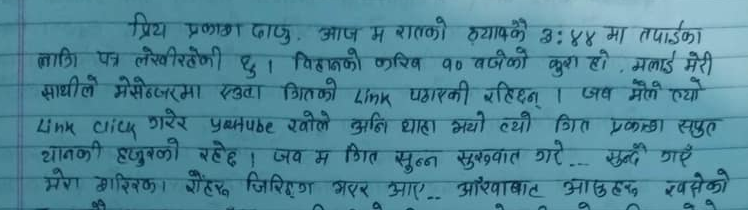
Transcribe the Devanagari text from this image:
प्रिय प्रकाश दाजु, आज म रातको ठ्याक्कै ३:४४ मा तपाईंको
लागि पत्र लेखिरहेको छु । बिहानको करिब १० बजेको कुरा हो, मलाई मेरी
साथीले मेसेन्जरमा एउटा गीतको Link पठाईकी रहिछन् । जब मैले त्यो
Link click गरेर youtube खोले अनि थाहा भयो त्यो गीत प्रकाश सपूत
थानकी हजुरबुको रहेछ । जब म गीत सुन्न सुरुवात गरे... सुन्दै गएँ
मेरा मस्तिष्कमा रोहरु जिरिङ्ङ भएर आए... आँखाहरु खसेको